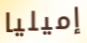
إميليا